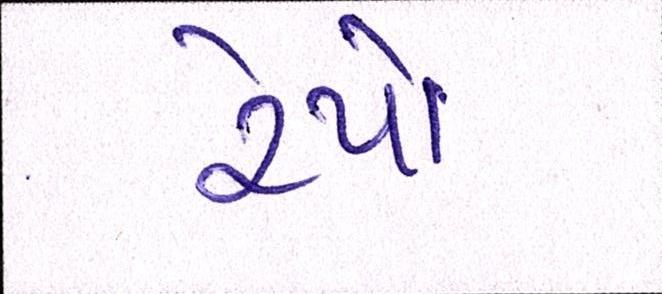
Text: રેપો